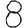
Digit: 8